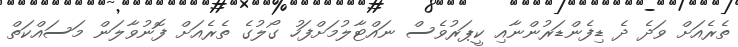
ތެރެއަށް ވަދެ ދެ ޑިފެންޑަރުންނާއި ކީޕަރުވެސް ނައްޓާލުމަށްފަހު ގޯލުގެ ތެރެއަށް ފޮނުވާލަން މަސައްކަތް